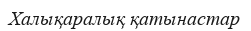
Халықаралық қатынастар